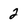
Character: 2